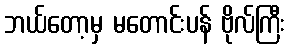
ဘယ်တော့မှ မတောင်းပန် ဗိုလ်ကြီး